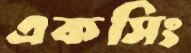
একসিং